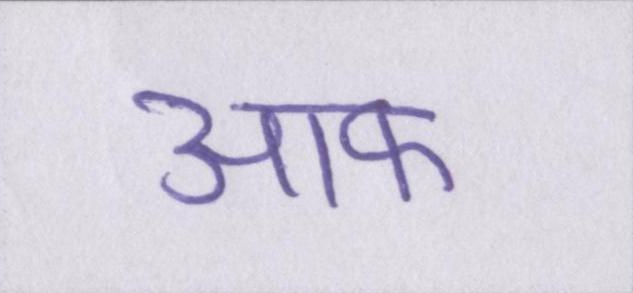
आफ